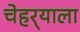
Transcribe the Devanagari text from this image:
चेहर्‍याला